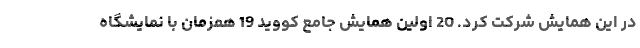
در این همایش شرکت کرد. 20 اولین همایش جامع کووید 19 همزمان با نمایشگاه